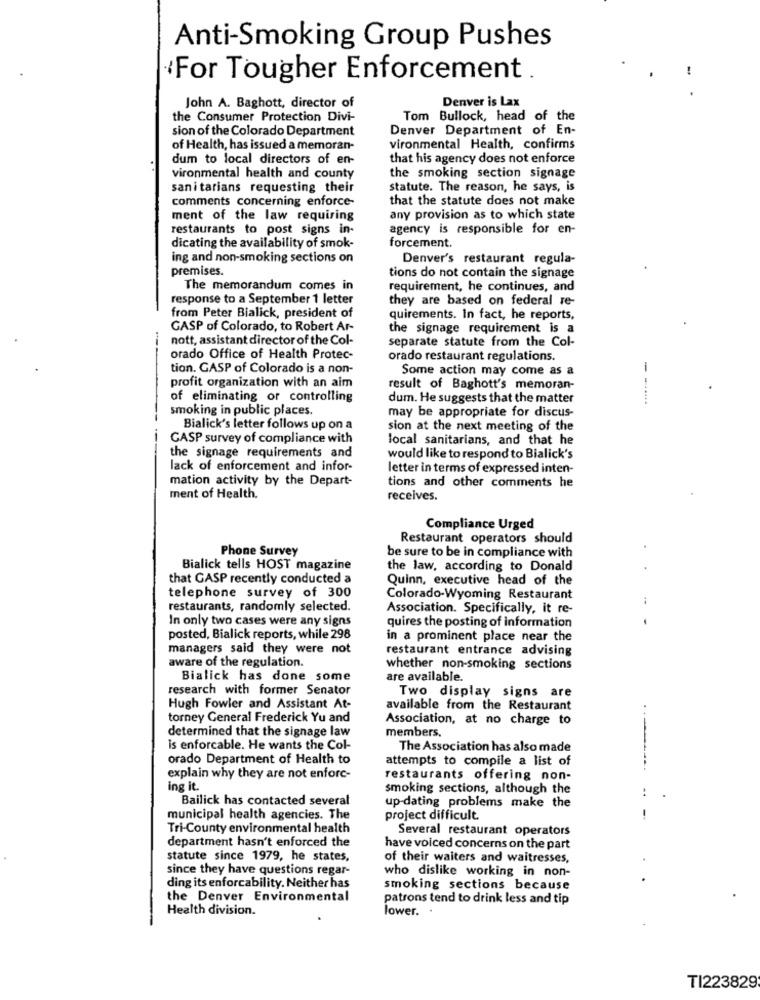
Anti-Smoking Group Pushes
«For Tougher Enforcement .
Denver is Lax
John A. Baghott, director of
the Consumer Protection Divi-
Tom Bullock, head of the
sion of the Colorado Department
Denver Department of En-
of Health, has issued a memoran-
vironmental Health, confirms
dum to local directors of en-
that his agency does not enforce
vironmental health and county
the smoking section signage
sanitarians requesting their
statute. The reason, he says, is
comments concerning enforce-
that the statute does not make
ment of the law requiring
any provision as to which state
restaurants to post signs in-
agency is responsible for en-
dicating the availability of smok-
forcement.
ing and non-smoking sections on
Denver's restaurant regula-
premises.
tions do not contain the signage
The memorandum comes in
requirement, he continues, and
response to a September 1 letter
they are based on federal re-
from Peter Bialick, president of
quirements. In fact, he reports,
GASP of Colorado, to Robert Ar-
the signage requirement is a
-
nott, assistant director of the Col-
separate statute from the Col-
orado Office of Health Protec-
orado restaurant regulations.
tion. GASP of Colorado is a non-
Some action may come as a
-
profit organization with an aim
result of Baghott's memoran-
of eliminating or controlling
dum. He suggests that the matter
smoking in public places.
may be appropriate for discus-
Bialick's letter follows up on a
sion at the next meeting of the
GASP survey of compliance with
local sanitarians, and that he
the signage requirements and
would like to respond to Bialick's
lack of enforcement and infor-
letter in terms of expressed inten-
mation activity by the Depart-
tions and other comments he
ment of Health.
receives.
Compliance Urged
Restaurant operators should
Phone Survey
be sure to be in compliance with
Bialick tells HOST magazine
the law, according to Donald
that GASP recently conducted a
Quinn, executive head of the
telephone survey of 300
Colorado-Wyoming Restaurant
restaurants, randomly selected.
Association. Specifically, it re-
In only two cases were any signs
quires the posting of information
posted, Bialick reports, while 298
in a prominent place near the
managers said they were not
restaurant entrance advising
aware of the regulation.
whether non-smoking sections
Bialick has done some
are available.
research with former Senator
Two display signs are
Hugh Fowler and Assistant At-
available from the Restaurant
torney General Frederick Yu and
Association, at no charge to
determined that the signage law
members.
is enforcable. He wants the Col-
The Association has also made
orado Department of Health to
attempts to compile a list of
explain why they are not enforc-
restaurants offering non-
ing it .
smoking sections, although the
Bailick has contacted several
up-dating problems make the
municipal health agencies. The
project difficult.
Tri-County environmental health
Several restaurant operators
department hasn't enforced the
have voiced concerns on the part
statute since 1979, he states,
of their waiters and waitresses,
since they have questions regar-
who dislike working in non-
ding its enforcability. Neither has
smoking sections because
the Denver Environmental
patrons tend to drink less and tip
Health division.
lower.
TI223829